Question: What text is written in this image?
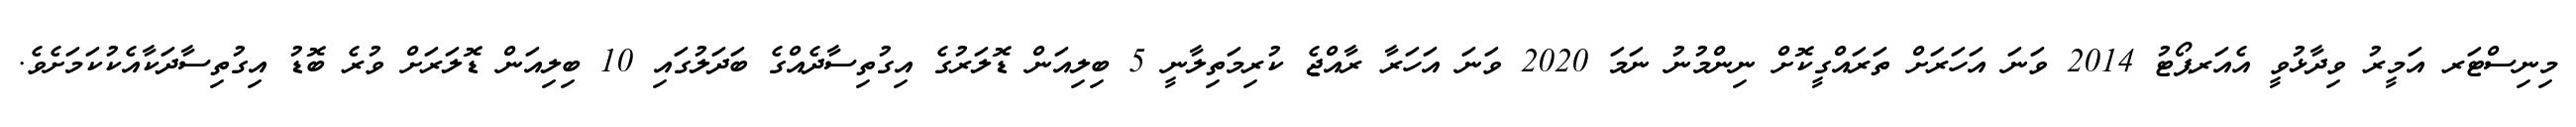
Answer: މިނިސްޓަރ އަމީރު ވިދާޅުވީ އެއަރޕޯޓު 2014 ވަނަ އަހަރަށް ތަރައްގީކޮށް ނިންމުނު ނަމަ 2020 ވަނަ އަހަރާ ރާއްޖެ ކުރިމަތިލާނީ 5 ބިލިއަން ޑޮލަރުގެ އިގުތިސާދެއްގެ ބަދަލުގައި 10 ބިލިއަން ޑޮލަރަށް ވުރެ ބޮޑު އިގުތިސާދަކާއެކުކަމަށެވެ.